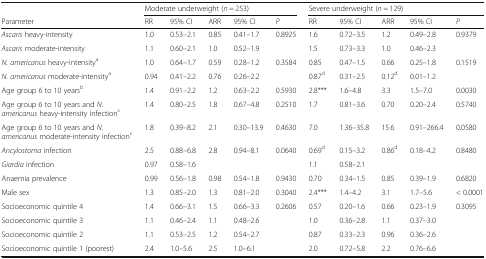
<table><thead><tr><td></td><td colspan="5"><b>Moderate underweight (<i>n</i> = 253)</b></td><td colspan="5"><b>Severe underweight (<i>n</i> = 129)</b></td></tr><tr><td><b>Parameter</b></td><td><b>RR</b></td><td><b>95% CI</b></td><td><b>ARR</b></td><td><b>95% CI</b></td><td><b><i>P</i></b></td><td><b>RR</b></td><td><b>95% CI</b></td><td><b>ARR</b></td><td><b>95% CI</b></td><td><b><i>P</i></b></td></tr></thead><tbody><tr><td><i>Ascaris</i> heavy-intensity</td><td>1.0</td><td>0.53–2.1</td><td>0.85</td><td>0.41–1.7</td><td>0.8925</td><td>1.6</td><td>0.72–3.5</td><td>1.2</td><td>0.49–2.8</td><td>0.9379</td></tr><tr><td><i>Ascaris</i> moderate-intensity</td><td>1.1</td><td>0.60–2.1</td><td>1.0</td><td>0.52–1.9</td><td></td><td>1.5</td><td>0.73–3.3</td><td>1.0</td><td>0.46–2.3</td><td></td></tr><tr><td><i>N. americanus</i> heavy-intensity<sup>a</sup></td><td>1.0</td><td>0.64–1.7</td><td>0.59</td><td>0.28–1.2</td><td>0.3584</td><td>0.85</td><td>0.47–1.5</td><td>0.66</td><td>0.25–1.8</td><td>0.1519</td></tr><tr><td><i>N. americanus</i> moderate-intensity<sup>a</sup></td><td>0.94</td><td>0.41–2.2</td><td>0.76</td><td>0.26–2.2</td><td></td><td>0.87<sup>d</sup></td><td>0.31–2.5</td><td>0.12<sup>d</sup></td><td>0.01–1.2</td><td></td></tr><tr><td>Age group 6 to 10 years<sup>b</sup></td><td>1.4</td><td>0.91–2.2</td><td>1.2</td><td>0.63–2.2</td><td>0.5930</td><td>2.8***</td><td>1.6–4.8</td><td>3.3</td><td>1.5–7.0</td><td>0.0030</td></tr><tr><td>Age group 6 to 10 years and <i>N. americanus</i> heavy-intensity infection<sup>c</sup></td><td>1.4</td><td>0.80–2.5</td><td>1.8</td><td>0.67–4.8</td><td>0.2510</td><td>1.7</td><td>0.81–3.6</td><td>0.70</td><td>0.20–2.4</td><td>0.5740</td></tr><tr><td>Age group 6 to 10 years and <i>N. americanus</i> moderate-intensity infection<sup>c</sup></td><td>1.8</td><td>0.39–8.2</td><td>2.1</td><td>0.30–13.9</td><td>0.4630</td><td>7.0</td><td>1.36–35.8</td><td>15.6</td><td>0.91–266.4</td><td>0.0580</td></tr><tr><td><i>Ancylostoma</i> infection</td><td>2.5</td><td>0.88–6.8</td><td>2.8</td><td>0.94–8.1</td><td>0.0640</td><td>0.69<sup>d</sup></td><td>0.15–3.2</td><td>0.86<sup>d</sup></td><td>0.18–4.2</td><td>0.8480</td></tr><tr><td><i>Giardia</i> infection</td><td>0.97</td><td>0.58–1.6</td><td></td><td></td><td></td><td>1.1</td><td>0.58–2.1</td><td></td><td></td><td></td></tr><tr><td>Anaemia prevalence</td><td>0.99</td><td>0.56–1.8</td><td>0.98</td><td>0.54–1.8</td><td>0.9430</td><td>0.70</td><td>0.34–1.5</td><td>0.85</td><td>0.39–1.9</td><td>0.6820</td></tr><tr><td>Male sex</td><td>1.3</td><td>0.85–2.0</td><td>1.3</td><td>0.81–2.0</td><td>0.3040</td><td>2.4***</td><td>1.4–4.2</td><td>3.1</td><td>1.7–5.6</td><td>&lt; 0.0001</td></tr><tr><td>Socioeconomic quintile 4</td><td>1.4</td><td>0.66–3.1</td><td>1.5</td><td>0.66–3.3</td><td>0.2606</td><td>0.57</td><td>0.20–1.6</td><td>0.66</td><td>0.23–1.9</td><td>0.3095</td></tr><tr><td>Socioeconomic quintile 3</td><td>1.1</td><td>0.46–2.4</td><td>1.1</td><td>0.48–2.6</td><td></td><td>1.0</td><td>0.36–2.8</td><td>1.1</td><td>0.37–3.0</td><td></td></tr><tr><td>Socioeconomic quintile 2</td><td>1.1</td><td>0.53–2.5</td><td>1.2</td><td>0.54–2.7</td><td></td><td>0.87</td><td>0.33–2.3</td><td>0.96</td><td>0.36–2.6</td><td></td></tr><tr><td>Socioeconomic quintile 1 (poorest)</td><td>2.4</td><td>1.0–5.6</td><td>2.5</td><td>1.0–6.1</td><td></td><td>2.0</td><td>0.72–5.8</td><td>2.2</td><td>0.76–6.6</td><td></td></tr></tbody></table>